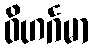
ဝိဟင်္ဂမာ